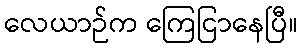
လေယာဉ်က ကြေငြာနေပြီ။